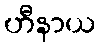
ဟီနာယ